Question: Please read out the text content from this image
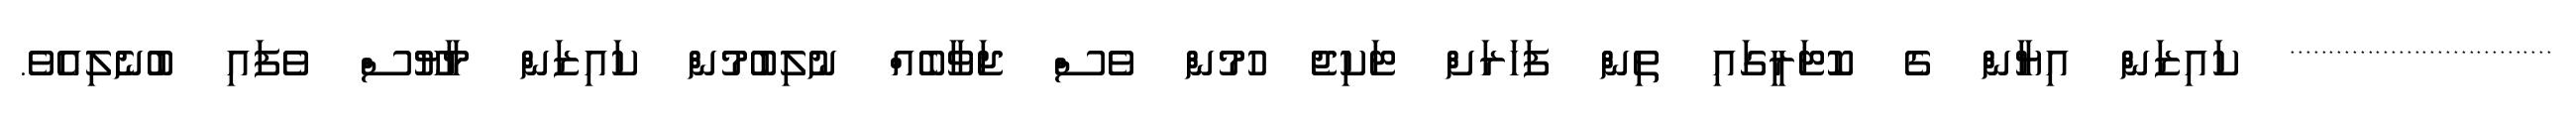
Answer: ********************************** ކައިޒަން އިޔާން ގެ ކޮޓަރީގައި ތިން ފަހަރަށް ޓަކިޖެ ހުމުން ވެސް ޖަވާބެއް ނުލިބުމުން ކައިޒަން މާޔޫސް ވެފައި ބުނެލިއެވެ.